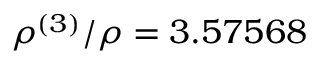
\rho ^ { ( 3 ) } / \rho = 3 . 5 7 5 6 8